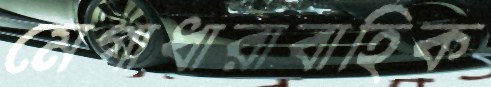
মেগাধারাবাহিক